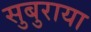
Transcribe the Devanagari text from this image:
सुबुराया